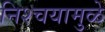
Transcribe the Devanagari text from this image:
निश्चयामुळे